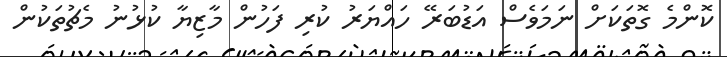
ކޮންމެ ގޮތަކަށް ނަމަވެސް އަޑުބަރޭ ހައްޔަރު ކުރި ފަހުން މާޒިޔާ ކުޅުނު މެޗުތަކުން